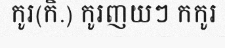
កូរ(កិ.) កូរញយៗ កកូរ